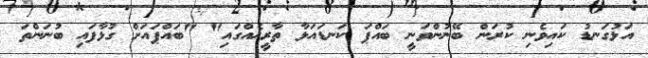
އަޅުގަނޑު ކައިވެނި ކުރަން ބޭނުންވަނީ ބައްޕަ ކަނޑައަޅާ ތާރީޚެއްގައި" "ބައްޕައަށް ގުޅާފައި ބުނަންތަ